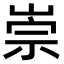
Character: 崇